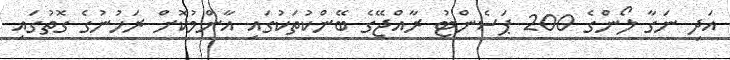
އަދި ނަގާ ލޯންުގެ 200 ޕަސެންޓު ރާއްޖޭގެ ބޭންކުތަކުގައި އާންމުކޮށް ރަހުނުގެ ގޮތުގައި